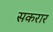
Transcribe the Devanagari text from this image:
सकरार